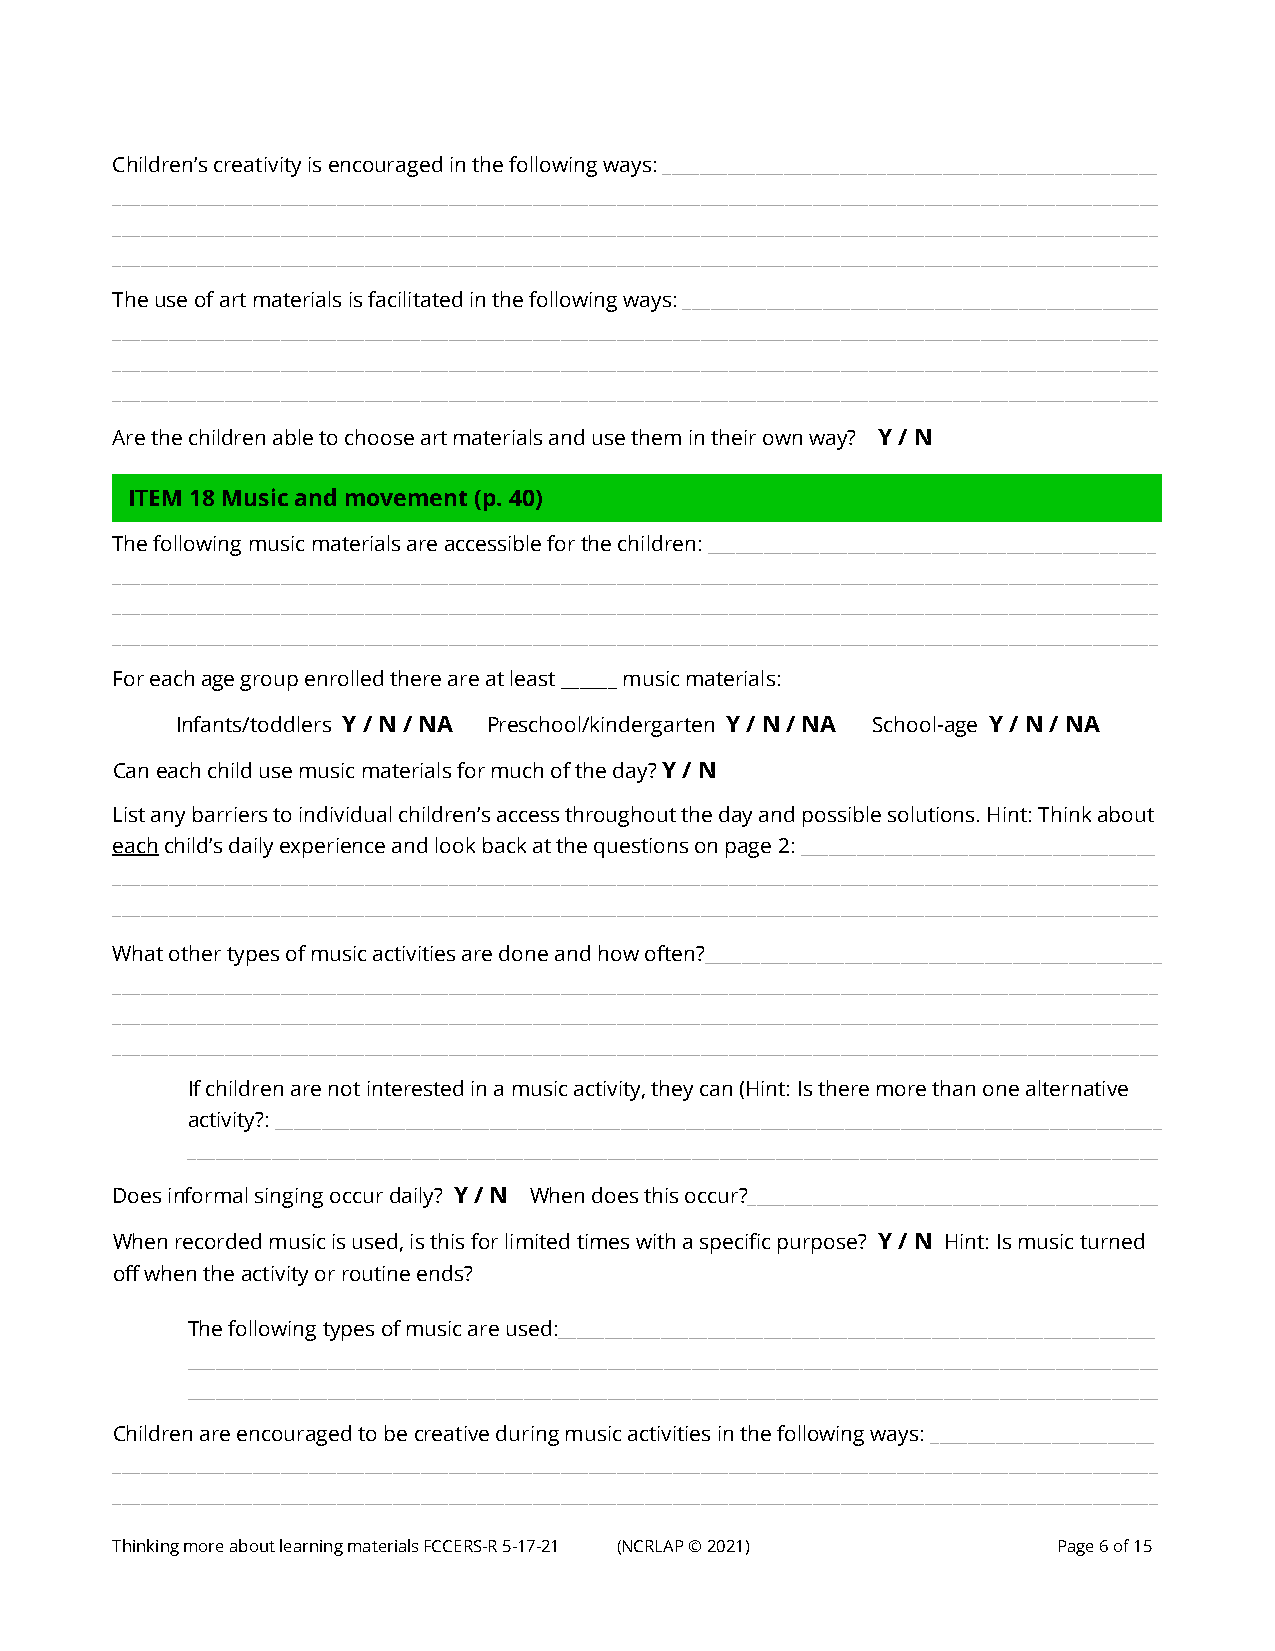
Children’s creativity is encouraged in the following ways: _____________________________________________________
 ________________________________________________________________________________________________________________
 ________________________________________________________________________________________________________________
 ________________________________________________________________________________________________________________
 The use of art materials is facilitated in the following ways: ___________________________________________________
 ________________________________________________________________________________________________________________
 ________________________________________________________________________________________________________________
 ________________________________________________________________________________________________________________
 Are the children able to choose art materials and use them in their own way? Y / N
 ITEM 18 Music and movement (p. 40)
 Th e following music materials are accessible for the children: ________________________________________________
 ________________________________________________________________________________________________________________
 ________________________________________________________________________________________________________________
 ________________________________________________________________________________________________________________
 For each age group enrolled there are at least ______ music materials:
 Infants/toddlers Y / N / NA Preschool/kindergarten Y / N / NA School-age Y / N / NA
 Can each child use music materials for much of the day? Y / N
 List any barriers to individual children’s access throughout the day and possible solutions. Hint: Think about
 each child’s daily experience and look back at the questions on page 2: ______________________________________
 ________________________________________________________________________________________________________________
 ________________________________________________________________________________________________________________
 What other types of music activities are done and how often?_________________________________________________
 ________________________________________________________________________________________________________________
 ________________________________________________________________________________________________________________
 ________________________________________________________________________________________________________________
 If children are not interested in a music activity, they can (Hint: Is there more than one alternative
 activity?: _______________________________________________________________________________________________
 ________________________________________________________________________________________________________
 Does informal singing occur daily? Y / N When does this occur?____________________________________________
 When recorded music is used, is this for limited times with a specific purpose? Y / N Hint: Is music turned
 off when the activity or routine ends?
 The following types of music are used:________________________________________________________________
 ________________________________________________________________________________________________________
 ________________________________________________________________________________________________________
 Children are encouraged to be creative during music activities in the following ways: ________________________
 ________________________________________________________________________________________________________________
 ________________________________________________________________________________________________________________
 Thinking more about learning materials FCCERS-R 5-17-21 (NCRLAP © 2021) Page 6 of 15